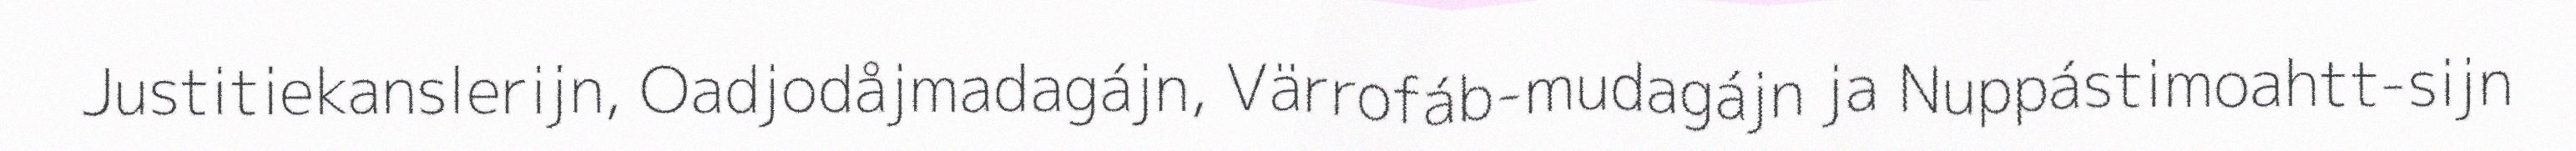
Justitiekanslerijn, Oadjodåjmadagájn, Värrofáb-mudagájn ja Nuppástimoahtt-sijn